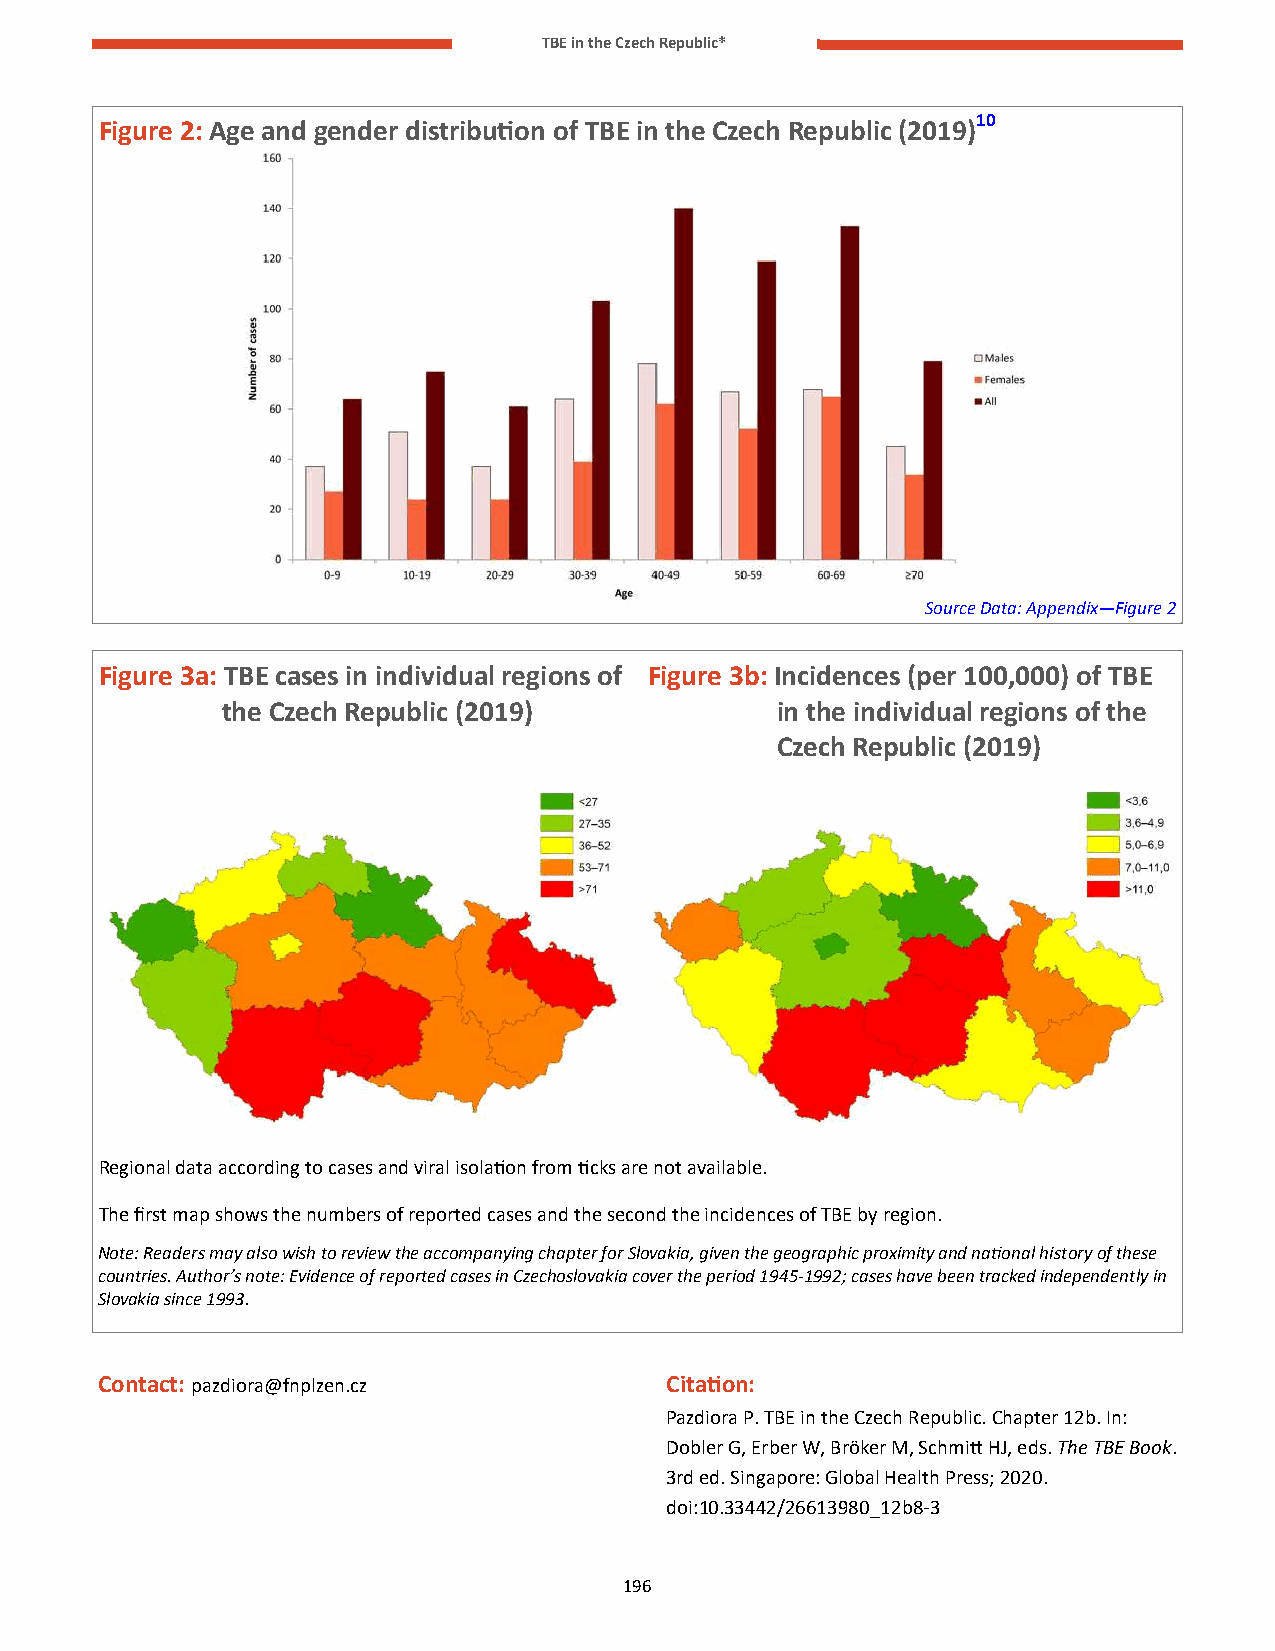
TBE in the Czech Republic*
 Figure 2: Age and gender distribution of TBE in the Czech Republic (2019)10
 Source Data: Appendix—Figure 2
 Figure 3a: TBE cases in individual regions of Figure 3b: Incidences (per 100,000) of TBE
 the Czech Republic (2019)           in the individual regions of the
 Czech Republic (2019)
 Regional data according to cases and viral isolation from ticks are not available.
 The first map shows the numbers of reported cases and the second the incidences of TBE by region.
 Note: Readers may also wish to review the accompanying chapter for Slovakia, given the geographic proximity and national history of these
 countries. Author’s note: Evidence of reported cases in Czechoslovakia cover the period 1945-1992; cases have been tracked independently in
 Slovakia since 1993.
 Contact: pazdiora@fnplzen.cz          Citation:
 Pazdiora P. TBE in the Czech Republic. Chapter 12b. In:
 Dobler G, Erber W, Bröker M, Schmitt HJ, eds. The TBE Book.
 3rd ed. Singapore: Global Health Press; 2020.
 doi:10.33442/26613980_12b8-3
 196